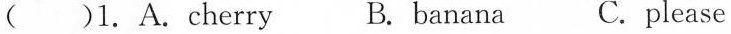
( )1.A.cherry B. banana C.please